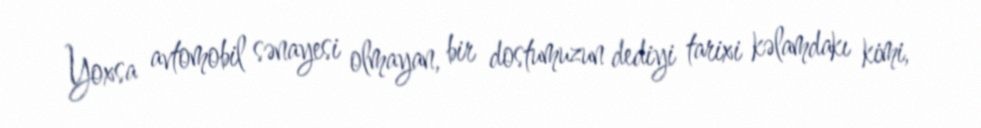
Yoxsa avtomobil sənayesi olmayan, bir dostumuzun dediyi tarixi kəlamdakı kimi,